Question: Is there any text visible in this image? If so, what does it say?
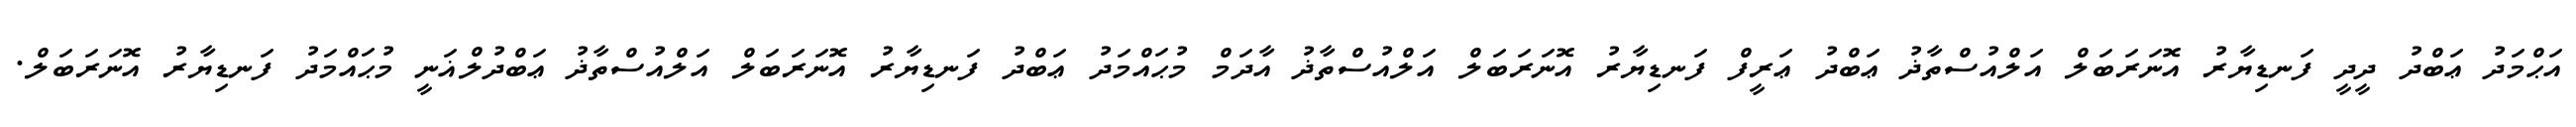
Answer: އަޙްމަދު ޢަބްދު ދީދީ ފަނޑިޔާރު އޮނަރަބަލް އަލްއުސްތާޛު ޢަބްދު ޢަރީފް ފަނޑިޔާރު އޮނަރަބަލް އަލްއުސްތާޛު އާދަމް މުޙައްމަދު ޢަބްދު ފަނޑިޔާރު އޮނަރަބަލް އަލްއުސްތާޛު ޢަބްދުލްޣަނީ މުޙައްމަދު ފަނޑިޔާރު އޮނަރަބަލް.